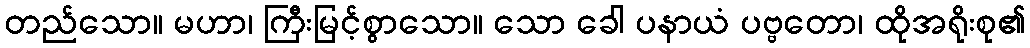
တည်သော။ မဟာ၊ ကြီးမြင့်စွာသော။ သော ခေါ ပနာယံ ပဗ္ဗတော၊ ထိုအရိုးစု၏